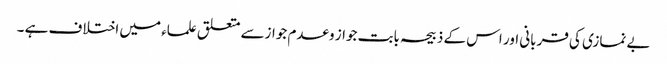
بے نمازی کی قربانی اور اس کے ذبیحہ بابت جواز وعدم جوازسے متعلق علماء میں اختلاف ہے ۔